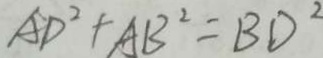
A D ^ { 2 } + A B ^ { 2 } = B D ^ { 2 }